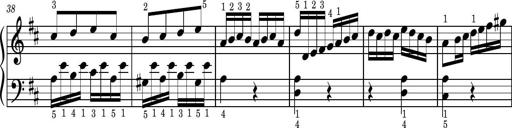
Title: Easy Progressive Lessons and 4 Sonatinas
Composer: Thomas Attwood